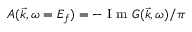
A ( \vec { k } , \omega = E _ { f } ) = - \mathrm { ~ I ~ m ~ } G ( \vec { k } , \omega ) / \pi